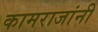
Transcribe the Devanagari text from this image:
कामराजांनी